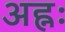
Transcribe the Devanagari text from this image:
अह्नः